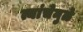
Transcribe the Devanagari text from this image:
त्यांचेमुळे